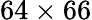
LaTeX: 64\times 66